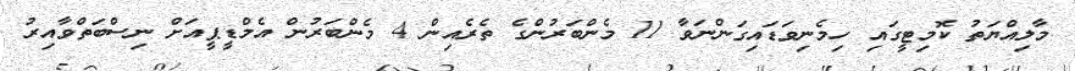
މާލިއްޔަތު ކޮމިޓީގައި ހިމެނިވަޑައިގަންނަވާ 11 މެންބަރުންގެ ތެރެއިން 4 މެންބަރުން އެމްޑީޕީއަށް ނިސްބަތްވާއިރު